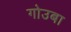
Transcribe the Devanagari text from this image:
गोउबा